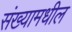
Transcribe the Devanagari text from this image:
संख्यामधील